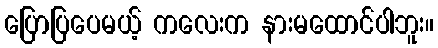
ပြောပြပေမယ့် ကလေးက နားမထောင်ပါဘူး။